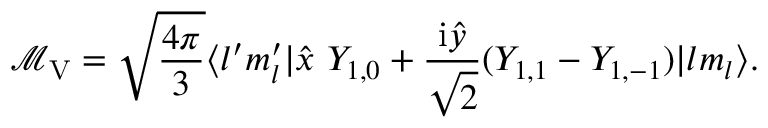
\mathcal { M } _ { \mathrm { { V } } } = \sqrt { \frac { 4 \pi } { 3 } } \langle l ^ { \prime } m _ { l } ^ { \prime } | \widehat { x } ~ Y _ { 1 , 0 } + \frac { \mathrm { i } \widehat { y } } { \sqrt { 2 } } ( Y _ { 1 , 1 } - Y _ { 1 , - 1 } ) | l m _ { l } \rangle .